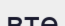
вте